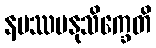
နမဿမနုသိက္ခေတိ